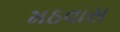
મઠવાસ